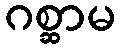
ဂစ္ဆာမ